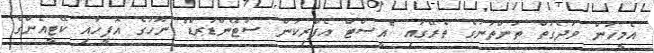
އެމީހުން ވަދެގަތް ތަންތަނުގެ ތެރޭގައި "އީސްޓް އެފްރިކަން ސްޓޭންޑަރޑް" ނޫހުގެ އޮފީހާއި ކޭޓީއެންގެ